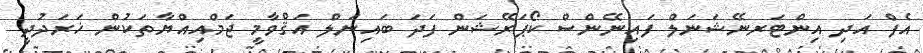
އެފް އަދި އިންޓަރނޭޝަނަލް ފައިނޭންސް ކޯޕަރޭޝަން ފަދަ ބައިނަލް އަޤްވާމީ ޖަމްއިއްޔާތަކުން ޚަރަދުދީ